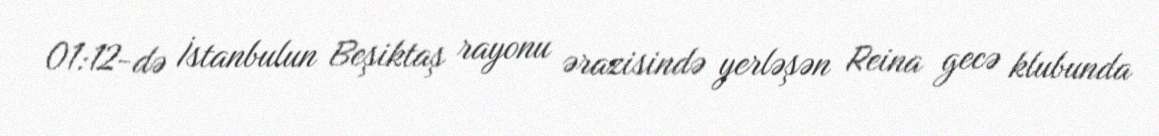
01:12-də İstanbulun Beşiktaş rayonu ərazisində yerləşən Reina gecə klubunda